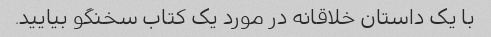
با یک داستان خلاقانه در مورد یک کتاب سخنگو بیایید.